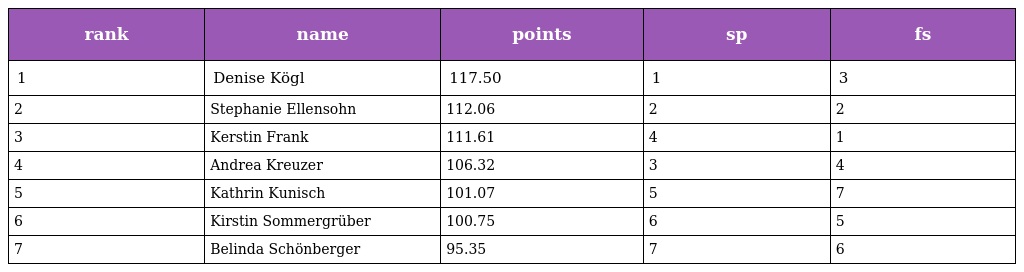
| rank | name | points | sp | fs |
 | --- | --- | --- | --- | --- |
 | 1 | Denise Kögl | 117.50 | 1 | 3 |
 | 2 | Stephanie Ellensohn | 112.06 | 2 | 2 |
 | 3 | Kerstin Frank | 111.61 | 4 | 1 |
 | 4 | Andrea Kreuzer | 106.32 | 3 | 4 |
 | 5 | Kathrin Kunisch | 101.07 | 5 | 7 |
 | 6 | Kirstin Sommergrüber | 100.75 | 6 | 5 |
 | 7 | Belinda Schönberger | 95.35 | 7 | 6 |